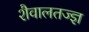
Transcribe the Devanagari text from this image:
शैवालतज्ज्ञ